Trukikaitis_Postimees, lk 86
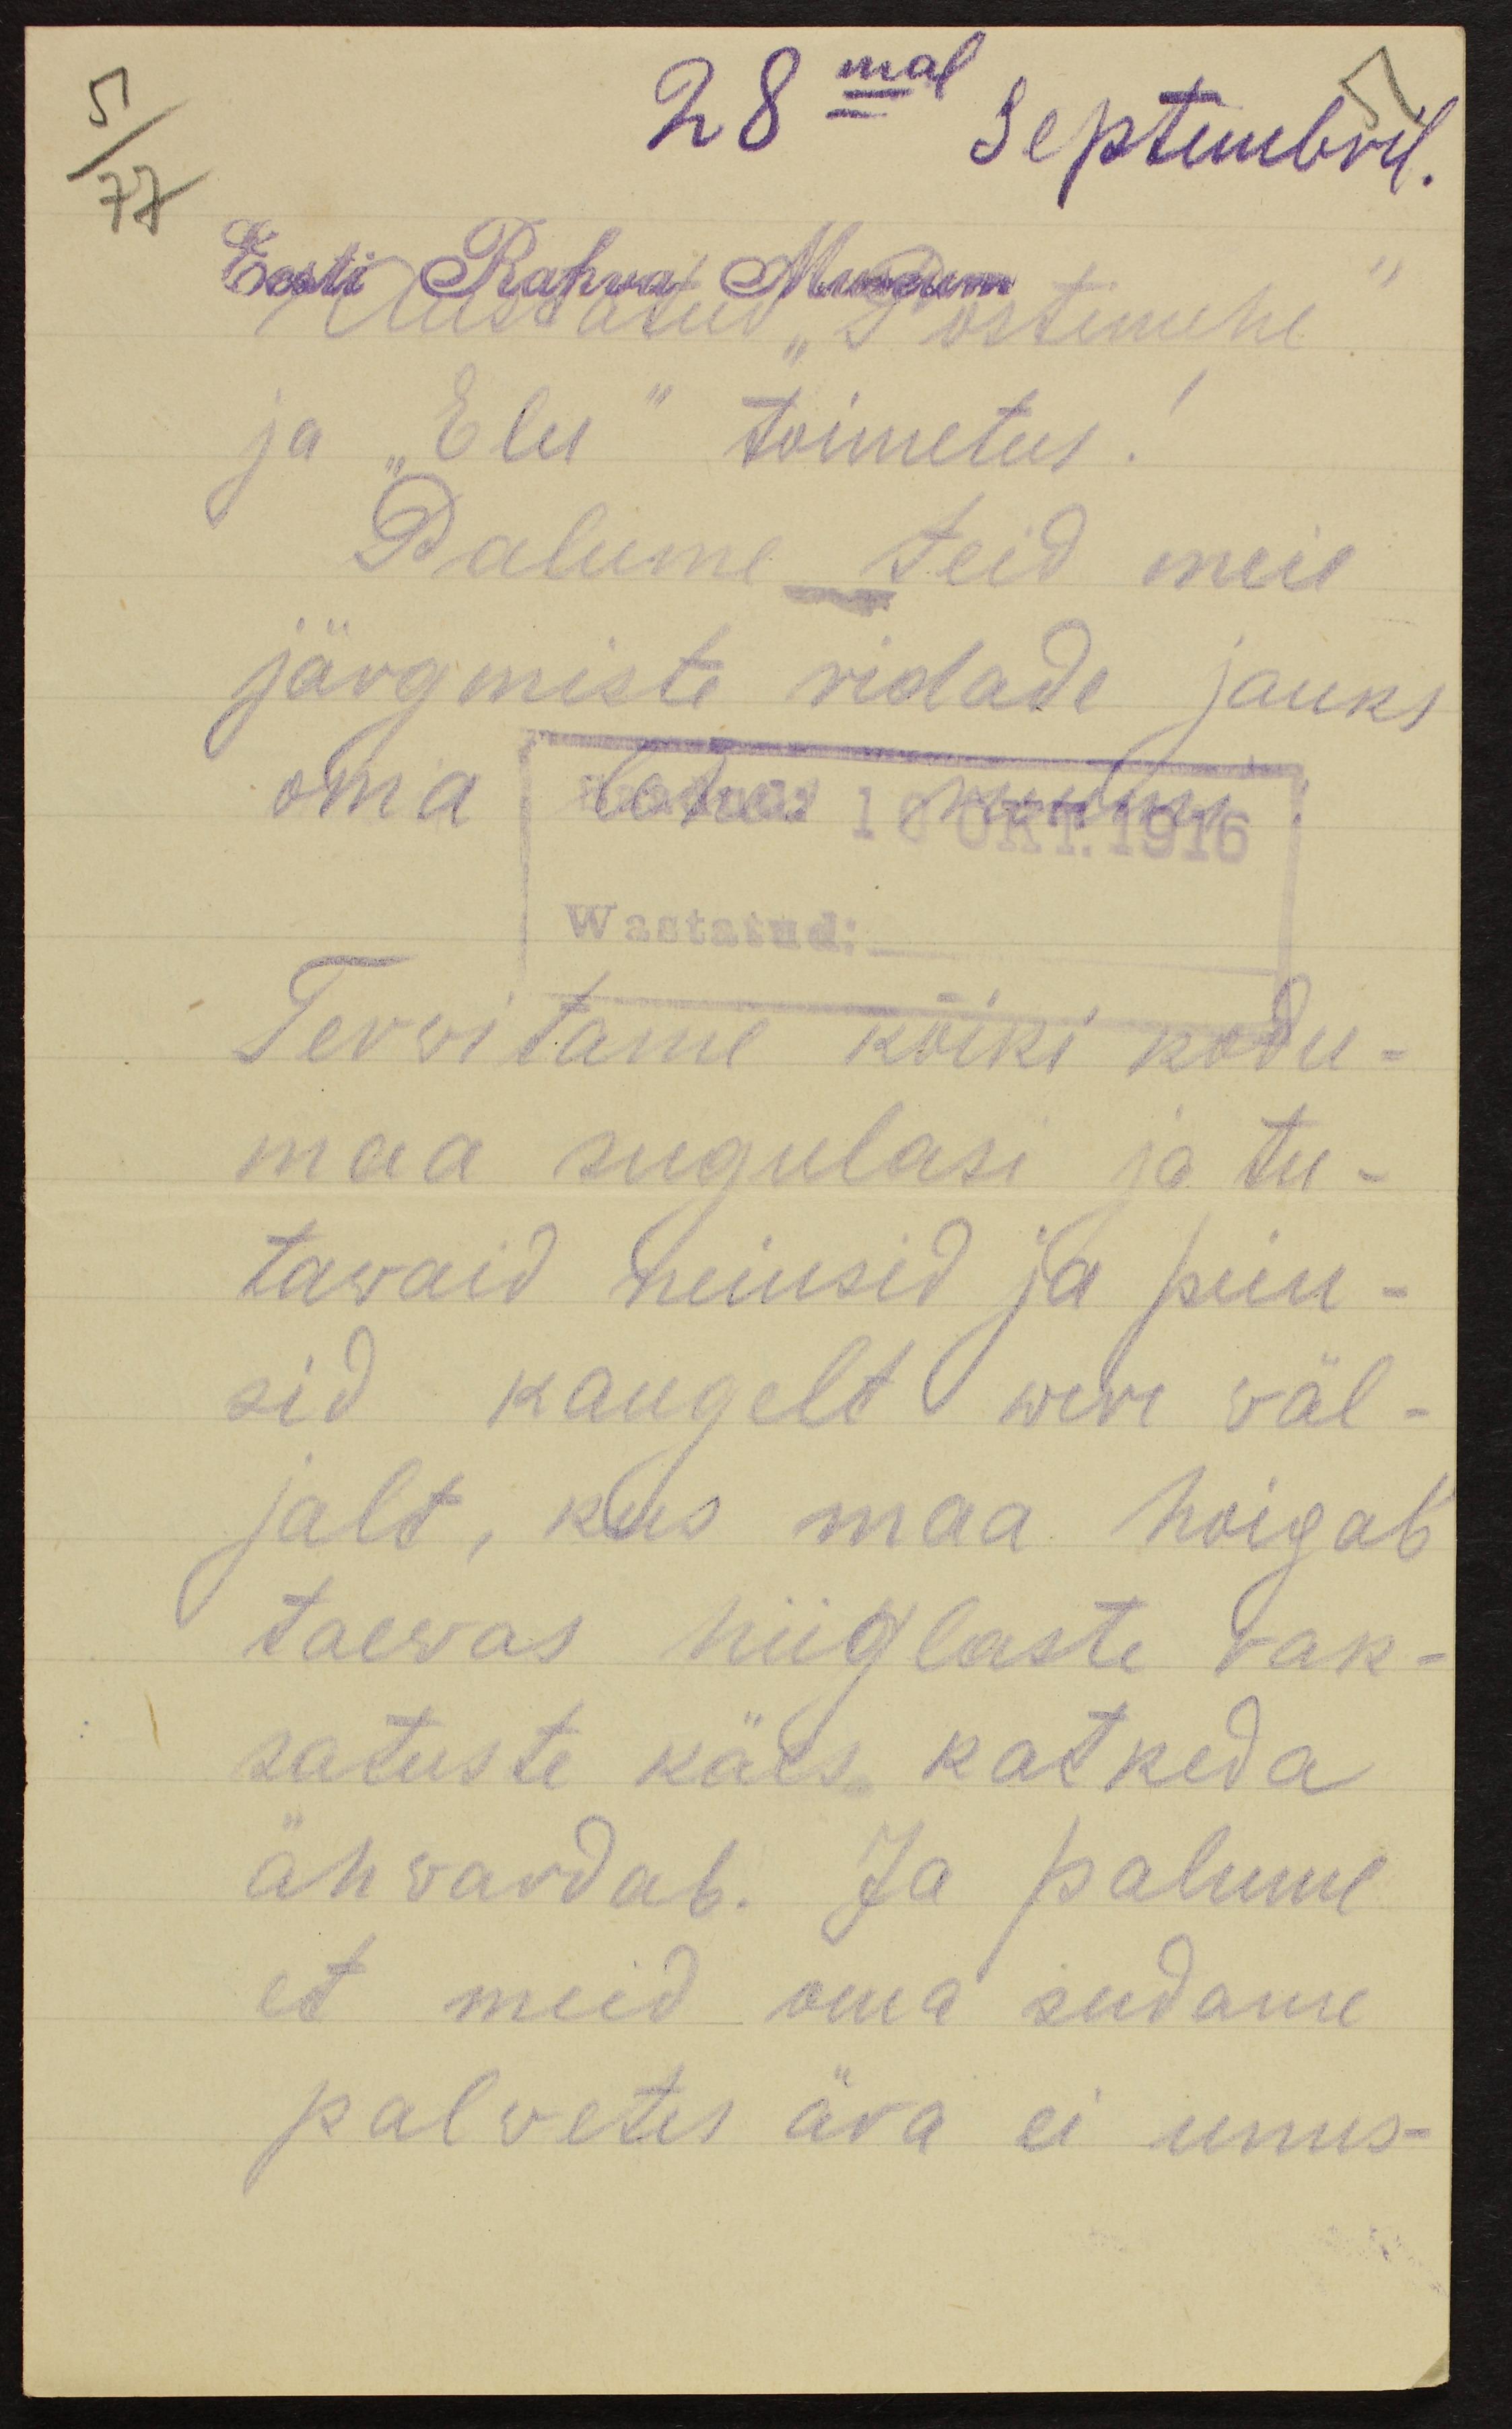
28mal Septembril.
51
51
77
Eesti Rahva Museum
Austatud "Postimehe"
ja "Elu" toimetus.
Palume teid meie
järgmiste ridade jauks
oma
Wastatud:
Tervitame kõiki kodu-
maa sugulasi ja tu-
tawaid neiusid ja peiu-
sid kaugelt were väl-
jalt, kus maa hoigab
taewas hiiglaste rak-
satuste käes katkeda
ähvardab. Ja palume
et meid oma südame
palvetes ära ei unus-